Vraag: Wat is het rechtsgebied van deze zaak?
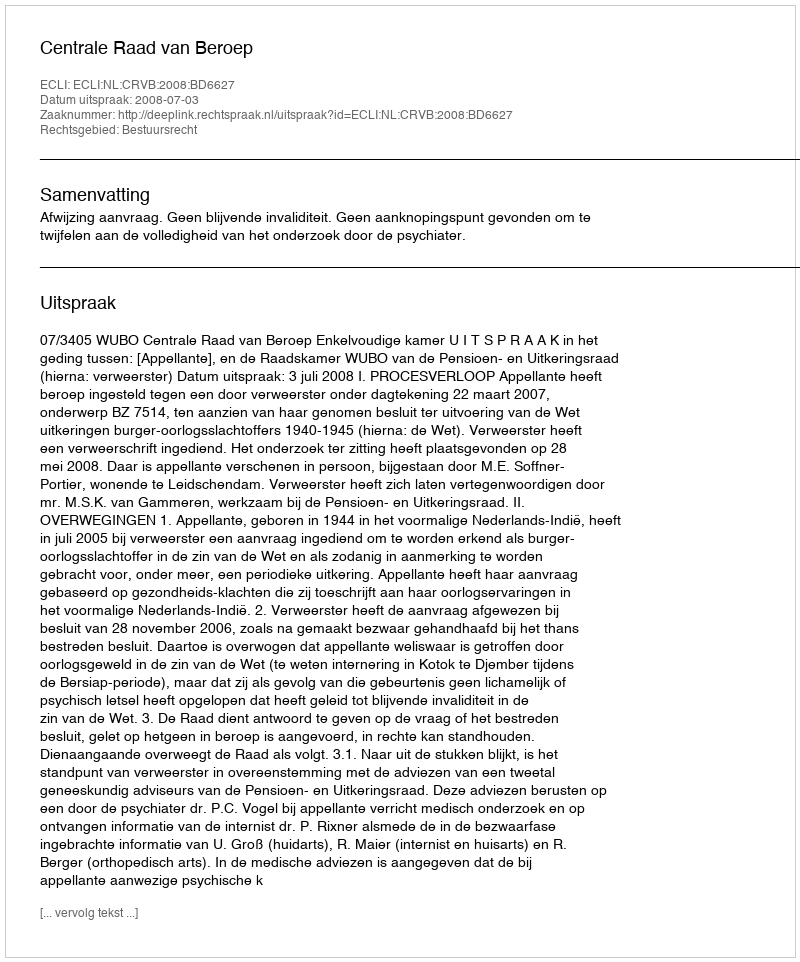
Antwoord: Bestuursrecht